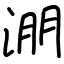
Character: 淜